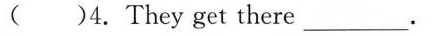
( )4.They get there___.